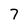
Character: 7